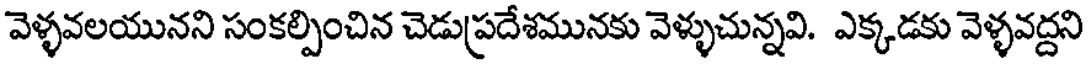
వెళ్ళవలయునని సంకల్పించిన చెడుప్రదేశమునకు వెళ్ళుచున్నవి. ఎక్కడకు వెళ్ళవద్దని